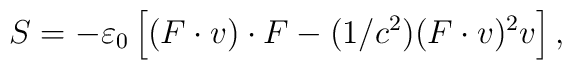
S=-\varepsilon _{0}\left[ (F\cdot v)\cdot F-(1/c^{2})(F\cdot v)^{2}v\right] ,